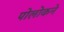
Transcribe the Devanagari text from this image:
पोलोकने